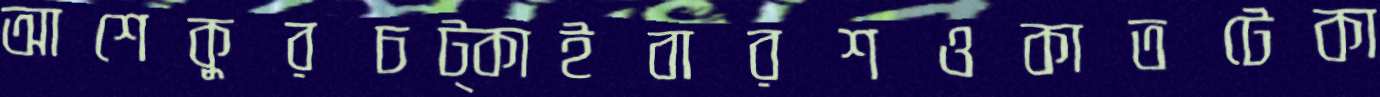
আশেকুরচট্‌কাইবারশওকাতটেকা